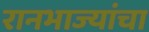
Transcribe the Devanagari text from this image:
रानभाज्यांचा